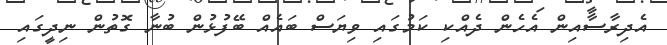
އެދިރާސާއިން އެހެން ދެއްކި ކަމުގައި ވިޔަސް ބައެއް ބޭފުޅުން ބުނާ ގޮތުން ނިދީގައި